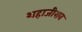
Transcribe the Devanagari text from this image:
शहाजीराव